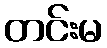
တင်းမ